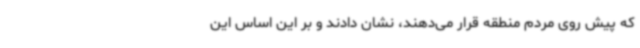
که پیش روی مردم منطقه قرار می‌دهند، نشان دادند و بر این اساس این